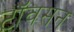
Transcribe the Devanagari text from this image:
टॉवसन